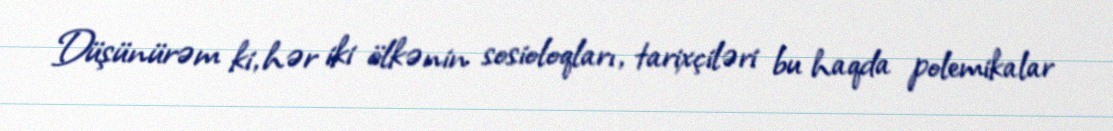
Düşünürəm ki, hər iki ölkənin sosioloqları, tarixçiləri bu haqda polemikalar